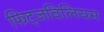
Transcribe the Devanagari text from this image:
फिट्जविलियम